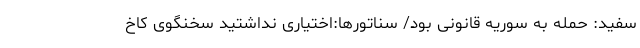
سفید: حمله به سوریه قانونی بود/ سناتورها:اختیاری نداشتید سخنگوی کاخ